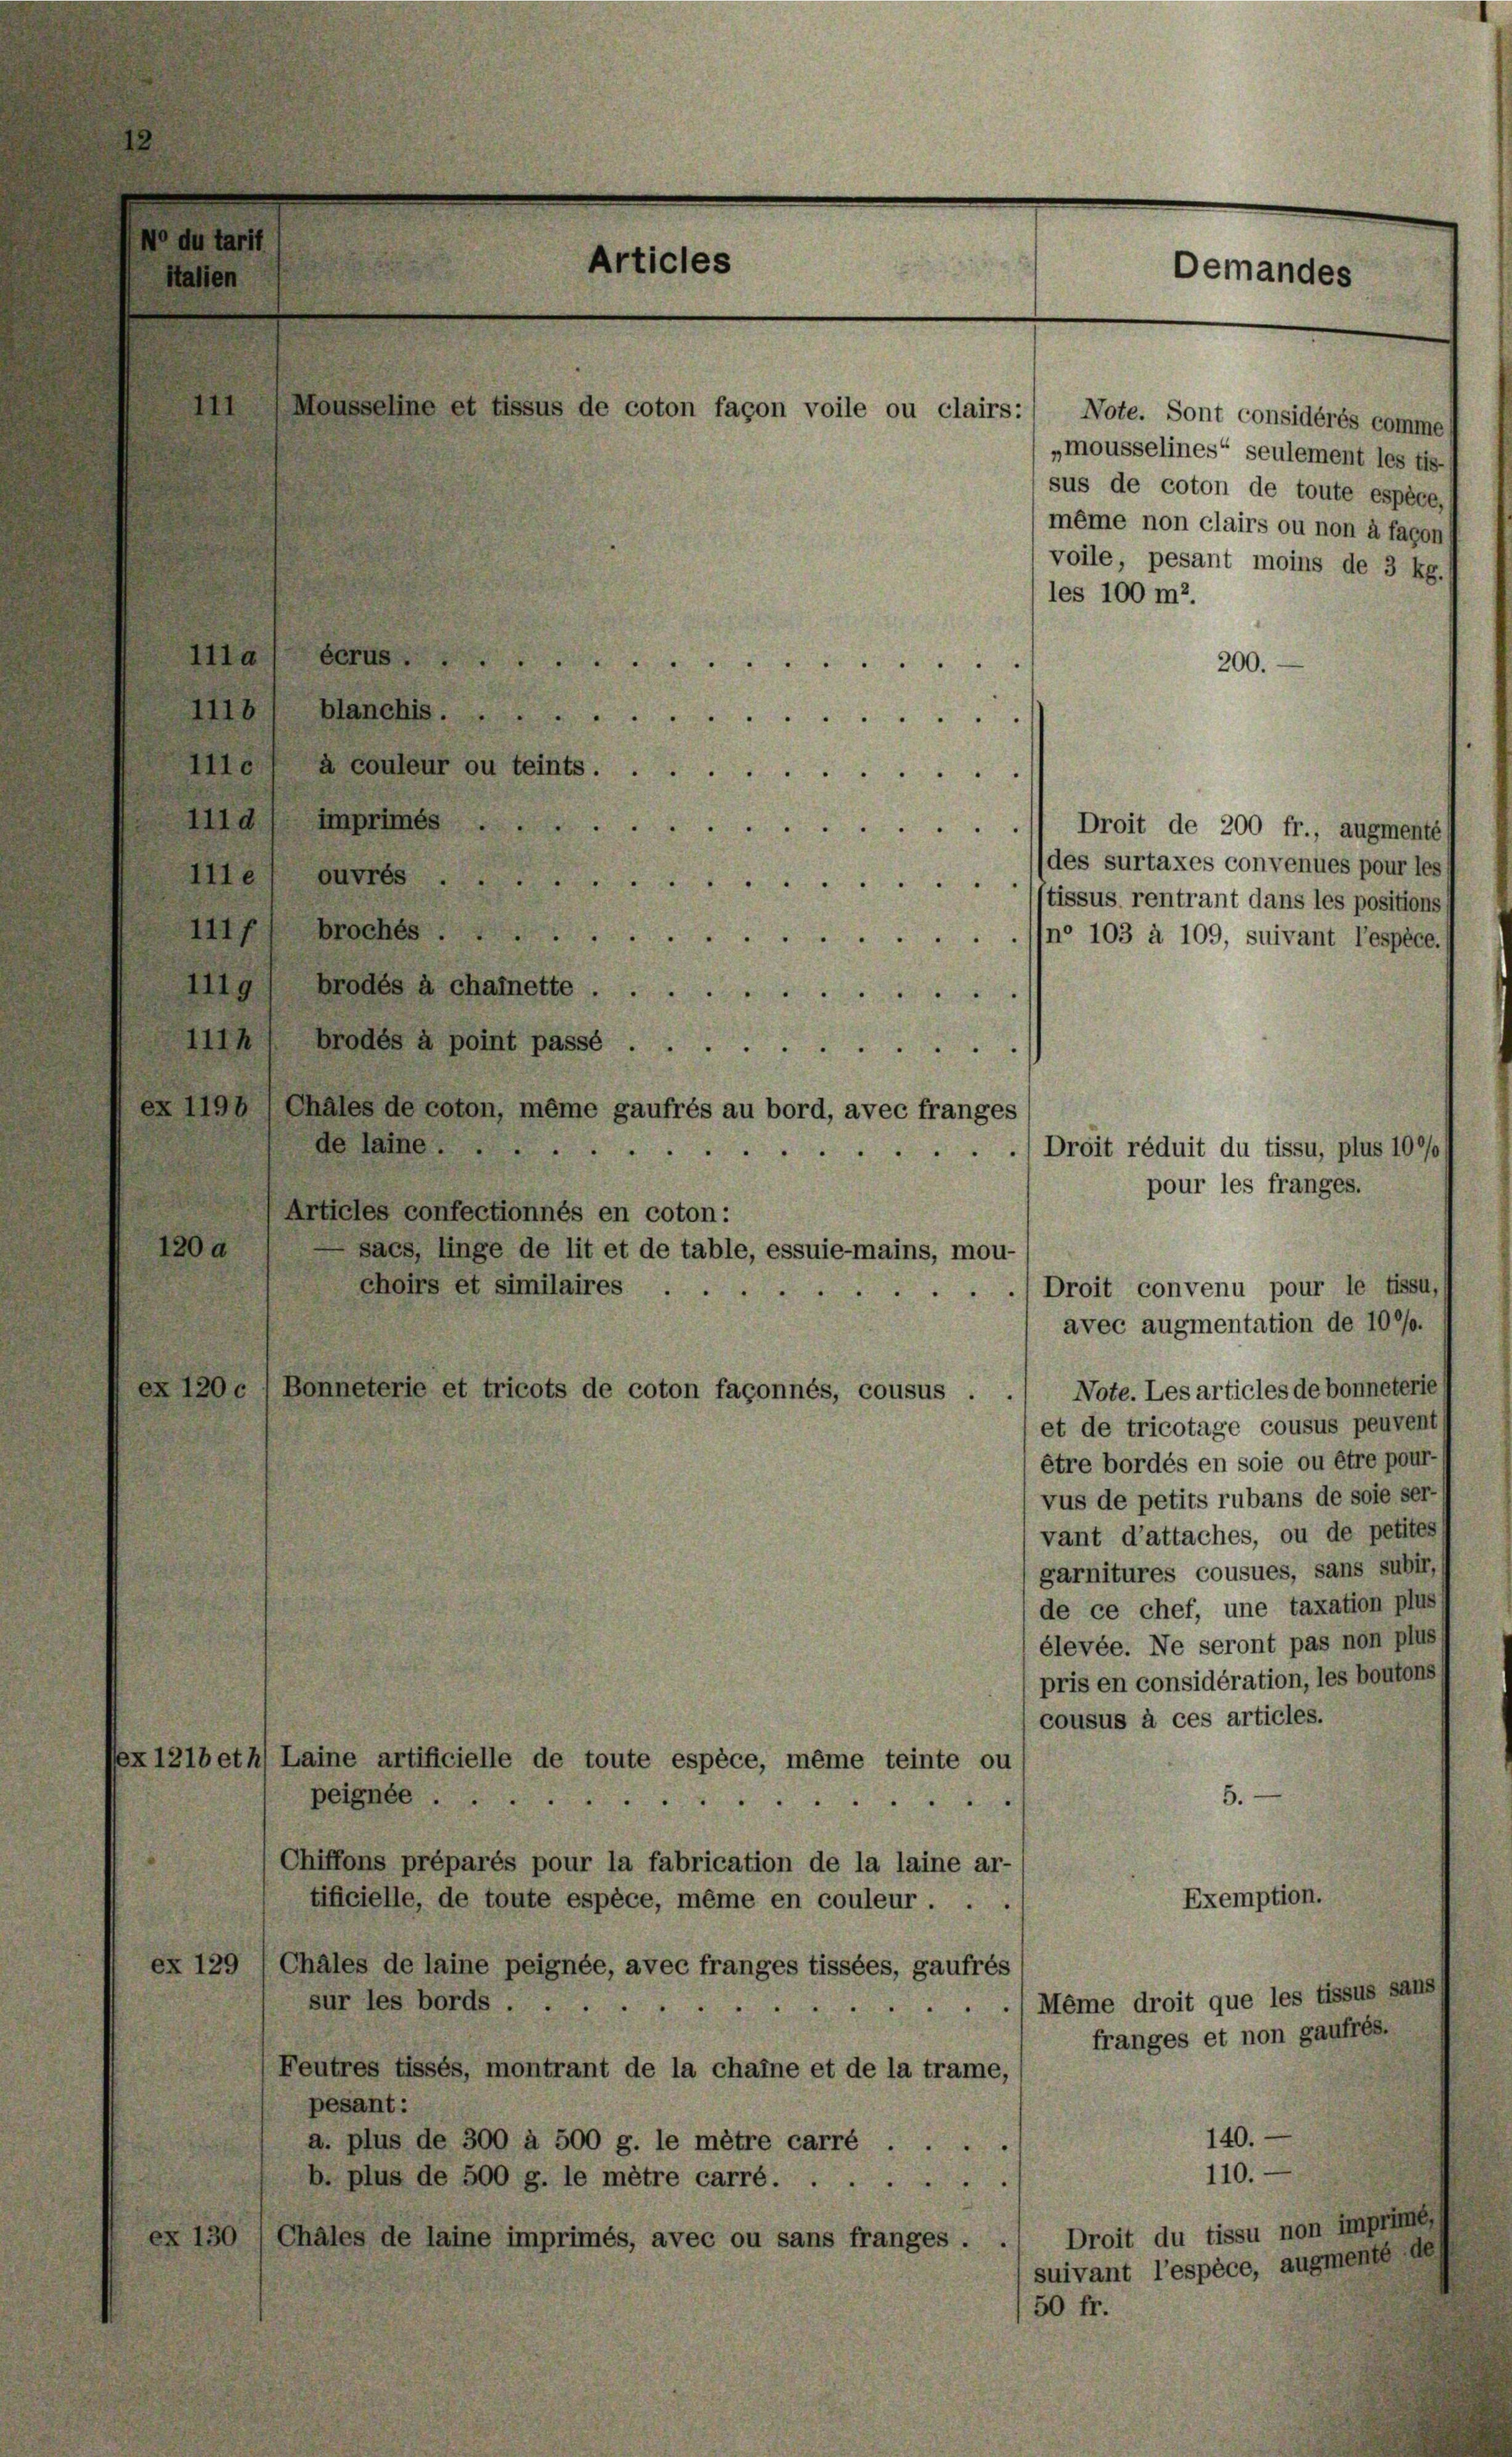
120 d

italien
111
„mousselines“ seulement les tis-
sus de coton de toute espèce,
même non clairs ou non à façons
voile, pesant moins de 3 kg./
les 100 m2.
Massen.
200.
e a couleur ou teints
 Sommer Droit de 300 fr., augmente
(des surtaxes convenues pour les
10 substissus rentrant dans les positionss
Droit convenu pour le tissu,
avec augmentation de 10 °/o.
Note. Les articles de bonneterie
ex 120c / Bonneterie et tricots de coton façonnés, cousus
et de tricotage cousus peuvent
être bordés en soie ou être pour-
vus de petits rubans de soie ser-
vant d’attaches, ou de petites
garnitures cousues, sans subir,
de ce chef, une taxation plus
élevée. Ne seront pas non plus
pris en considération, les boutons
cousus à ces articles.
x121beth Laine artificielle de toute espèce, même teinte ou
5.
peignée
Chiffons préparés pour la fabrication de la laine ar-
Exemption.
tificielle, de toute espèce, même en couleur . .
ex 129 /Chales de laine peignée, avec franges tissées, gaufrés
(Même droit que les tissus sanst
sur les bords
franges et non gaufrés.
Feutres tissés, montrant de la chaine et de la trame,
pesant:
140.
a. plus de 300 à 500 g. le mêtre carré ...
110.
b. plus de 500 g. le mêtre carré
Droit du tissu non imprimés
ex 130 /Chales de laine imprimés, avec ou sans franges.
suivant l’espèce, augmenté des

Me

P. J. Brochesn 103 à 109, suivant l’espèce.
de laine ...
Articles confectionnés en coton:
sacs, linge de lit et de table, essuie-mains, mou-
choirs et similaires.

Ich brodés à point passé
ez 1191 (Chales de coton, même gaufrés au bord, avec franges

Articles

brodts à chainette

Mousseline et fissus de coton façon voile ou clairs:) Note. Sont considérés comme

)Droit réduit du tissu, plus 100/0
pour les franges.

/50 fr.

Demandes